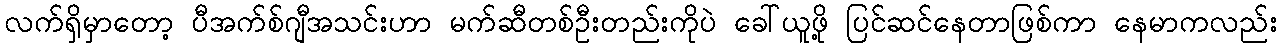
လက်ရှိမှာတော့ ပီအက်စ်ဂျီအသင်းဟာ မက်ဆီတစ်ဦးတည်းကိုပဲ ခေါ်ယူဖို့ ပြင်ဆင်နေတာဖြစ်ကာ နေမာကလည်း